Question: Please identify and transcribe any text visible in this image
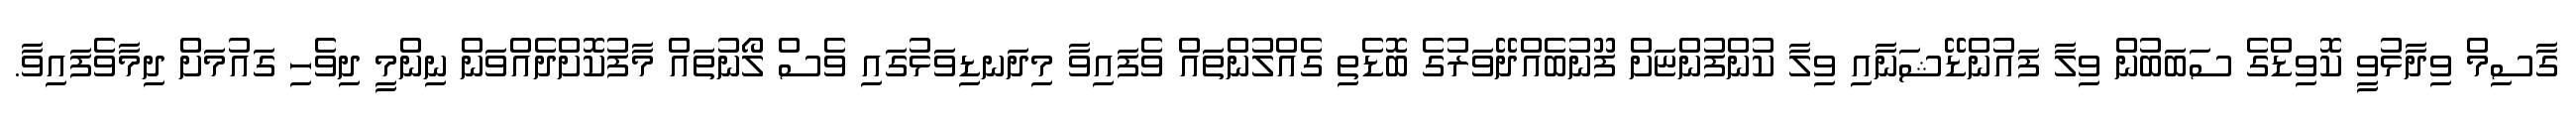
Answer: ގާސިމް ވިދާޅުވީ ކޮވިޑްގެ ސަބަބުން ވިލާ ފައުންޑޭޝަނާއި ވިލާ ކުންފުންޏަށް ފޫނުބެއްދޭވަރުގެ ބޮޑެތި ގެއްލުންތައް ވެފައިވާ މިދަނޑިވަޅުގައި ވެސް ލޯނުތައް މާފުކޮށްދެއްވަން ނިންމީ ދިވެހި ގައުމަށް ދިމާވެފައިވާ.